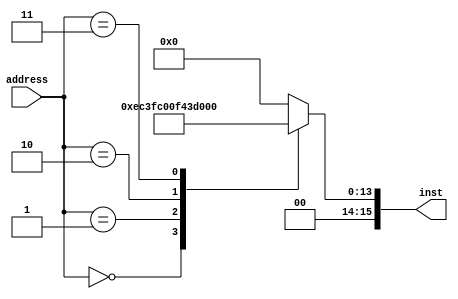
module instRom_9 (
    input [7:0] address,
    output reg [15:0] inst
  );
  
  
  
  always @* begin
    inst = 16'h0000;
    
    case (address)
      1'h0: begin
        inst = 16'h3b0f;
      end
      1'h1: begin
        inst = 16'h3c00;
      end
      2'h2: begin
        inst = 16'h3d0f;
      end
      2'h3: begin
        inst = 16'h1000;
      end
    endcase
  end
endmodule